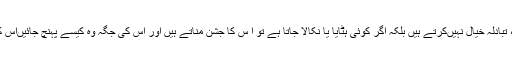
وہ آپس میںبیٹھتے نہیںہیں، تبادلہ خیال نہیںکرتے ہیں بلکہ اگر کوئی ہٹایا یا نکالا جاتا ہے تو ا س کا جشن مناتے ہیں اور اس کی جگہ وہ کیسے پہنچ جائیںاس کی حکمت عملی بناتے ہیں۔